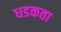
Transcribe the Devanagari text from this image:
धडकता